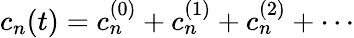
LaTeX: c_{n}(t)=c_{n}^{(0)}+c_{n}^{(1)}+c_{n}^{(2)}+\cdots